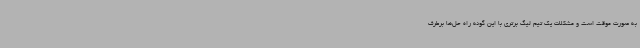
به صورت موقت است و مشکلات یک تیم لیگ برتری با این گونه راه حل‌ها برطرف